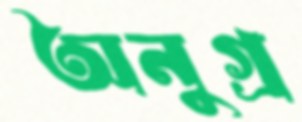
অনুগ্র